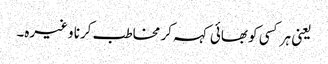
یعنی ہر کسی کو بھائی کہہ کر مخاطب کرنا وغیرہ۔